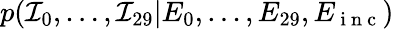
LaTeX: p({\mathcal I}_{0},\dots,{\mathcal I}_{29}|E_{0},\dots,E_{29},E_{\mathrm{~i~n~c~}})